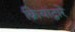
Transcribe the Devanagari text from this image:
क्रियांद्वारे